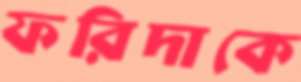
ফরিদাকে